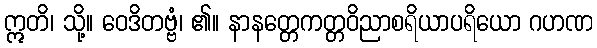
ဣတိ၊ သို့။ ဝေဒိတဗ္ဗံ၊ ၏။ နာနတ္တေကတ္တဝိညာစရိယာပရိယော ဂဟဏ